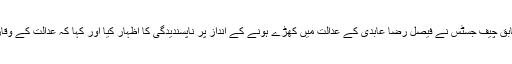
پاکستان 24 کے مطابق چیف جسٹس نے فیصل رضا عابدی کے عدالت میں کھڑے ہونے کے انداز پر ناپسندیدگی کا اظہار کیا اور کہا کہ عدالت کے وقار کا علم ہونا چاہیے ۔